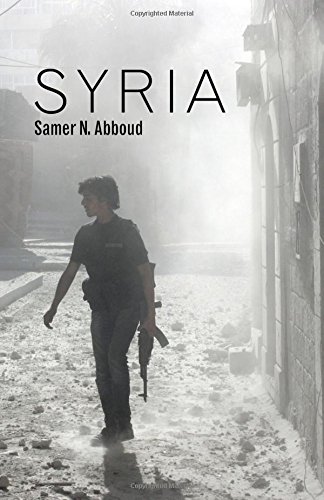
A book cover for Syria; Samer Abboud; History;